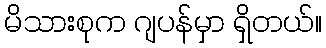
မိသားစုက ဂျပန်မှာ ရှိတယ်။